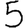
Digit: 5